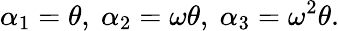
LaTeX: \alpha_{1}=\theta,\ \alpha_{2}=\omega\theta,\ \alpha_{3}=\omega^{2}\theta.